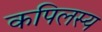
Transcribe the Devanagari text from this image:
कपिलस्य